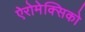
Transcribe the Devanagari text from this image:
ऐरोमेक्सिको